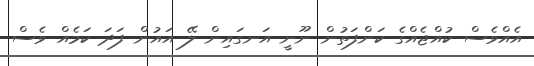
އެއްވެސް ކުއްޖެއްގެ ކަންފަތުން ނޫނީ އަނގައިން ލޭ އައުން ފަދަ ކަމެއް ވެސް